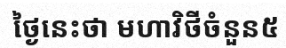
ថ្ងៃនេះថា មហាវិថីចំនួន៥